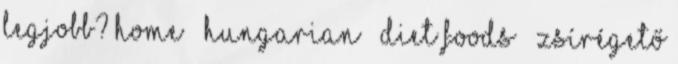
legjobb? Home › Hungarian › Diet Foods › Zsírégető